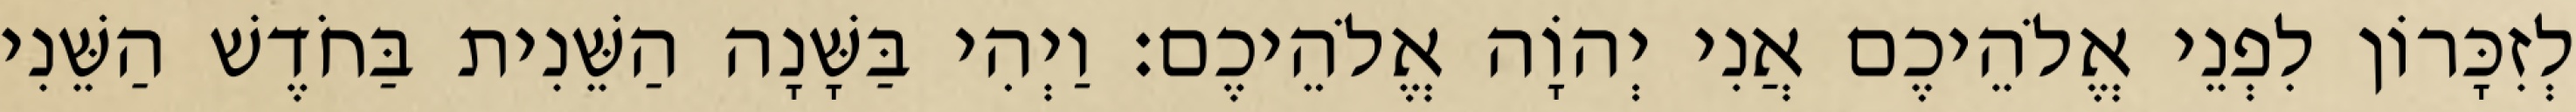
לְזִכָּרוֹן לִפְנֵי אֱלֹהֵיכֶם אֲנִי יְהוָֹה אֱלֹהֵיכֶם׃ וַיְהִי בַּשָּׁנָה הַשֵּׁנִית בַּחֹדֶשׁ הַשֵּׁנִי